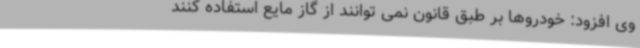
وی افزود: خودروها بر طبق قانون نمی توانند از گاز مایع استفاده کنند